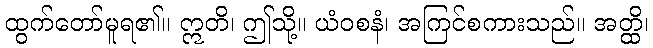
ထွက်တော်မူရ၏။ ဣတိ၊ ဤသို့။ ယံဝစနံ၊ အကြင်စကားသည်။ အတ္ထိ၊